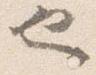
也